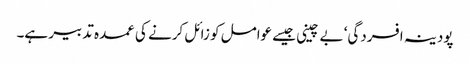
پودینہ افسردگی‘ بے چینی جیسے عوامل کو زائل کرنے کی عمدہ تدبیر ہے۔